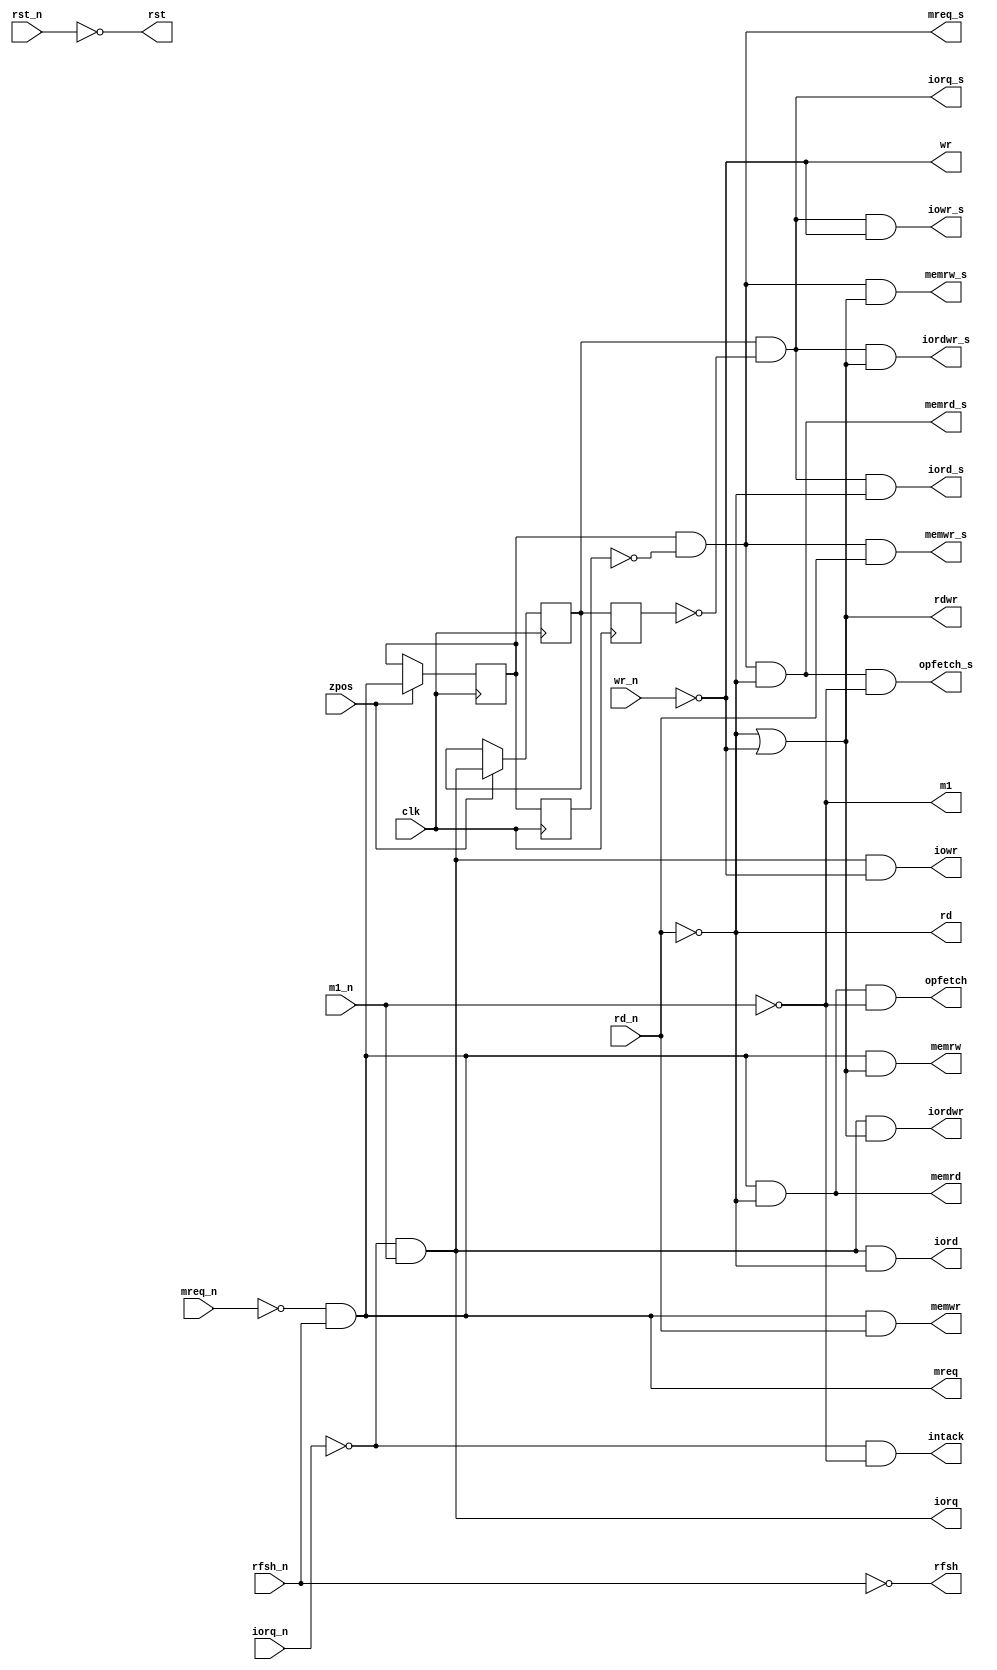
module zsignals
(
  // clocks
  input wire clk,
  input wire zpos,

  // z80 interface input
  input wire rst_n,
  input wire iorq_n,
  input wire mreq_n,
  input wire m1_n,
  input wire rfsh_n,
  input wire rd_n,
  input wire wr_n,

  // Z80 signals
  output wire rst,
  output wire m1,
  output wire rfsh,
  output wire rd,
  output wire wr,
  output wire iorq,
  output wire mreq,
  output wire rdwr,
  output wire iord,
  output wire iowr,
  output wire iordwr,
  output wire memrd,
  output wire memwr,
  output wire memrw,
  output wire opfetch,
  output wire intack,

  // Z80 signals strobes, at fclk
  output wire iorq_s,
  output wire mreq_s,
  output wire iord_s,
  output wire iowr_s,
  output wire iordwr_s,
  output wire memrd_s,
  output wire memwr_s,
  output wire memrw_s,
  output wire opfetch_s
);

  reg [1:0] iorq_r = 0, mreq_r = 0;

  // invertors
  assign rst = !rst_n;
  assign m1 = !m1_n;
  assign rfsh = !rfsh_n;
  assign rd = !rd_n;
  assign wr = !wr_n;

  // requests
  assign iorq = !iorq_n && m1_n;       // this is masked by ~M1 to avoid port decoding on INT ack
  assign mreq = !mreq_n && rfsh_n;     // this is masked by ~RFSH to ignore refresh cycles as memory requests

  // combined
  assign rdwr = rd || wr;
  assign iord = iorq && rd;
  assign iowr = iorq && wr;
  assign iordwr = iorq && rdwr;
  assign memrd = mreq && rd;
  assign memwr = mreq && !rd;
  assign memrw = mreq && rdwr;
  assign opfetch = memrd && m1;
  assign intack = !iorq_n && m1;    // NOT masked by M1

  // strobed
  assign iorq_s = iorq_r[0] && !iorq_r[1];
  assign mreq_s = mreq_r[0] && !mreq_r[1];
  assign iord_s = iorq_s && rd;
  assign iowr_s = iorq_s && wr;
  assign iordwr_s = iorq_s && rdwr;
  assign memrd_s = mreq_s && rd;
  assign memwr_s = mreq_s && !rd;
  assign memrw_s = mreq_s && rdwr;
  assign opfetch_s = memrd_s && m1;

// latch inputs on FPGA clock
  always @(posedge clk) if (zpos)
  begin
    iorq_r[0] <= iorq;
    mreq_r[0] <= mreq;
  end

  always @(posedge clk)
  begin
    iorq_r[1] <= iorq_r[0];
    mreq_r[1] <= mreq_r[0];
  end

endmodule